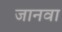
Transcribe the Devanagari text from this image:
जानवा